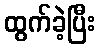
ထွက်ခဲ့ပြီး